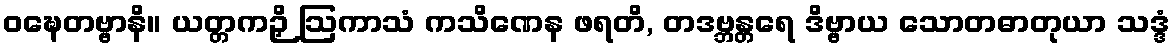
ဝဍ္ဎေတဗ္ဗာနိ။ ယတ္တကဉှိ ဩကာသံ ကသိဏေန ဖရတိ, တဒဗ္ဘန္တရေ ဒိဗ္ဗာယ သောတဓာတုယာ သဒ္ဒံ